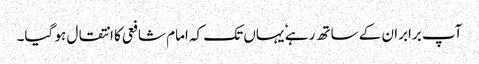
آپ برابران کے ساتھ رہے ٗ یہاں تک کہ امام شافعی کا انتقال ہو گیا۔